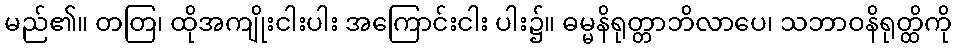
မည်၏။ တတြ၊ ထိုအကျိုးငါးပါး အကြောင်းငါး ပါး၌။ ဓမ္မနိရုတ္တာဘိလာပေ၊ သဘာဝနိရုတ္ထိကို